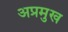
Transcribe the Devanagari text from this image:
अप्रमुख